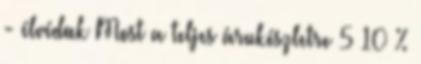
- élvédœk Most a teljes árukészletre 5 10 %